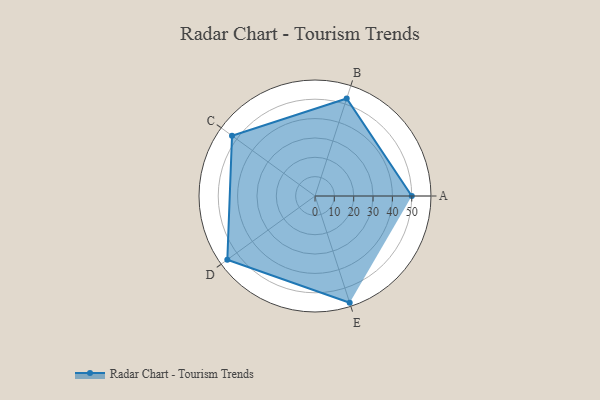
{"axis": {"x": "Skill", "y": "Score"}, "legend": ["Profile"], "data": [{"x": "A", "y": 50.0, "type": "Profile"}, {"x": "B", "y": 53.0, "type": "Profile"}, {"x": "C", "y": 53.0, "type": "Profile"}, {"x": "D", "y": 56.0, "type": "Profile"}, {"x": "E", "y": 58.0, "type": "Profile"}]}